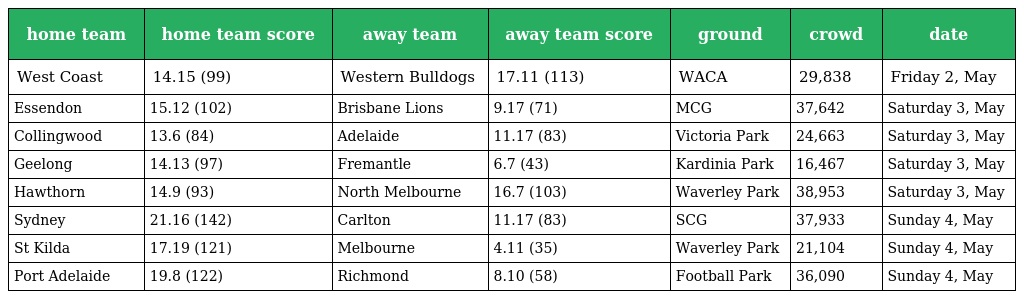
| home team | home team score | away team | away team score | ground | crowd | date |
 | --- | --- | --- | --- | --- | --- | --- |
 | West Coast | 14.15 (99) | Western Bulldogs | 17.11 (113) | WACA | 29,838 | Friday 2, May |
 | Essendon | 15.12 (102) | Brisbane Lions | 9.17 (71) | MCG | 37,642 | Saturday 3, May |
 | Collingwood | 13.6 (84) | Adelaide | 11.17 (83) | Victoria Park | 24,663 | Saturday 3, May |
 | Geelong | 14.13 (97) | Fremantle | 6.7 (43) | Kardinia Park | 16,467 | Saturday 3, May |
 | Hawthorn | 14.9 (93) | North Melbourne | 16.7 (103) | Waverley Park | 38,953 | Saturday 3, May |
 | Sydney | 21.16 (142) | Carlton | 11.17 (83) | SCG | 37,933 | Sunday 4, May |
 | St Kilda | 17.19 (121) | Melbourne | 4.11 (35) | Waverley Park | 21,104 | Sunday 4, May |
 | Port Adelaide | 19.8 (122) | Richmond | 8.10 (58) | Football Park | 36,090 | Sunday 4, May |